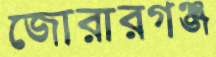
জোরারগঞ্জ